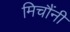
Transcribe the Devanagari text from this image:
मिचौंनी